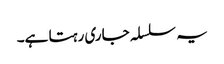
یہ سلسلہ جاری رہتا ہے۔